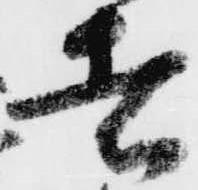
者